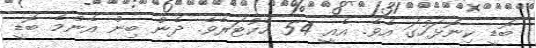
ބޮޑީ ކިނޮޅަހުގަ އެވެ. އެއީ 54 ހެކުޓަރެވެ. ދެން ބިން އެންމެ ބޮޑީ